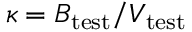
\kappa = B _ { \mathrm { t e s t } } / V _ { \mathrm { t e s t } }